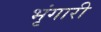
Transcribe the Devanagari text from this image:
भृंगारी